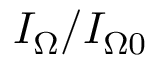
I _ { \Omega } / I _ { \Omega 0 }